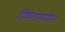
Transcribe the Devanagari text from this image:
डियेगोमधील